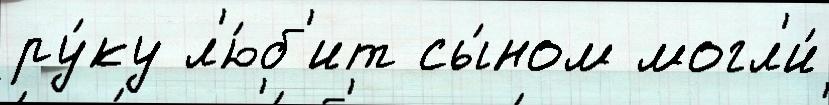
ру́ку л'ю́б'ит сы́ном могл'и́